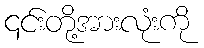
၎င်းတို့အားလုံးကို